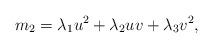
LaTeX: \begin{align*}m_2 = \lambda_1 u^2 +\lambda_2 uv + \lambda_3 v^2 ,\end{align*}